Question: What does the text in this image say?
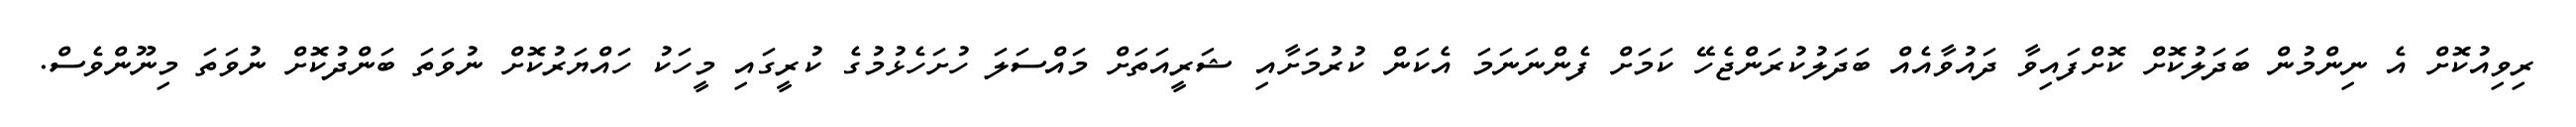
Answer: ރިވިއުކޮށް އެ ނިންމުން ބަދަލުކޮށް ކޮށްފައިވާ ދައުވާއެއް ބަދަލުކުރަންޖެހޭ ކަމަށް ފެންނަނަމަ އެކަން ކުރުމަށާއި ޝަރީއަތަށް މައްސަލަ ހުށަހެޅުމުގެ ކުރީގައި މީހަކު ހައްޔަރުކޮށް ނުވަތަ ބަންދުކޮށް ނުވަތަ މިނޫންވެސް.